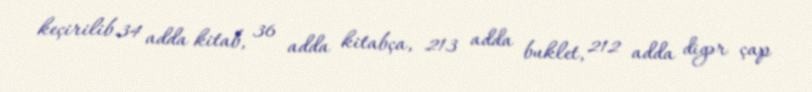
keçirilib.34 adda kitab, 36 adda kitabça, 213 adda buklet, 212 adda digər çap